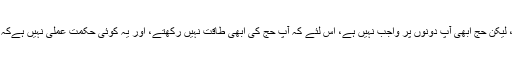
3- اب آپ دونوں عمرہ کرنے کی طاقت رکھتے ہو، اور یہ عمرہ آپ دونوں پر واجب ہے، لیکن حج ابھی آپ دونوں پر واجب نہیں ہے، اس لئے کہ آپ حج کی ابھی طاقت نہیں رکھتے، اور یہ کوئی حکمت عملی نہیں ہےکہ انسان واجب کو غیر واجب کی وجہ سے لیٹ کردے، جو ابھی تک آپ پر لازمی نہیں ہے۔